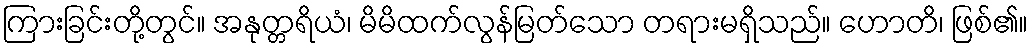
ကြားခြင်းတို့တွင်။ အနုတ္တရိယံ၊ မိမိထက်လွန်မြတ်သော တရားမရှိသည်။ ဟောတိ၊ ဖြစ်၏။